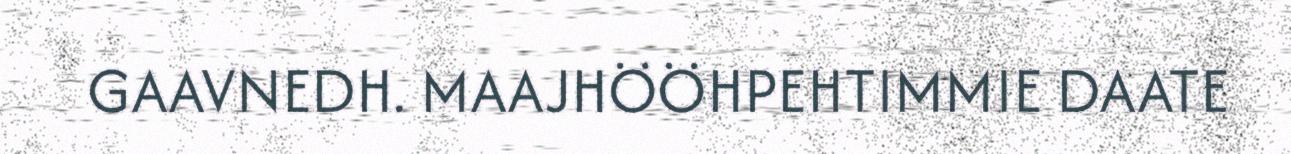
GAAVNEDH. MAAJHÖÖHPEHTIMMIE DAATE